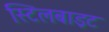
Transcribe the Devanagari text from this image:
स्टिलबाइट